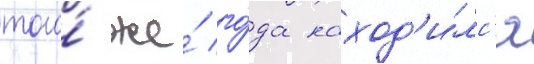
того́ же́ го́да наход'и́лс'я